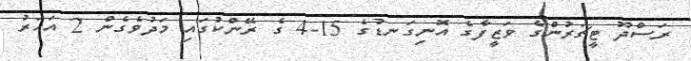
ރަސްދޫ ޓީޗަރުންގެ ވަޒީފާގެ އޮނިގަނޑުގެ 15-4 ގެ ރޭންކުގައި މަދުވެގެން 2 އަހަރު